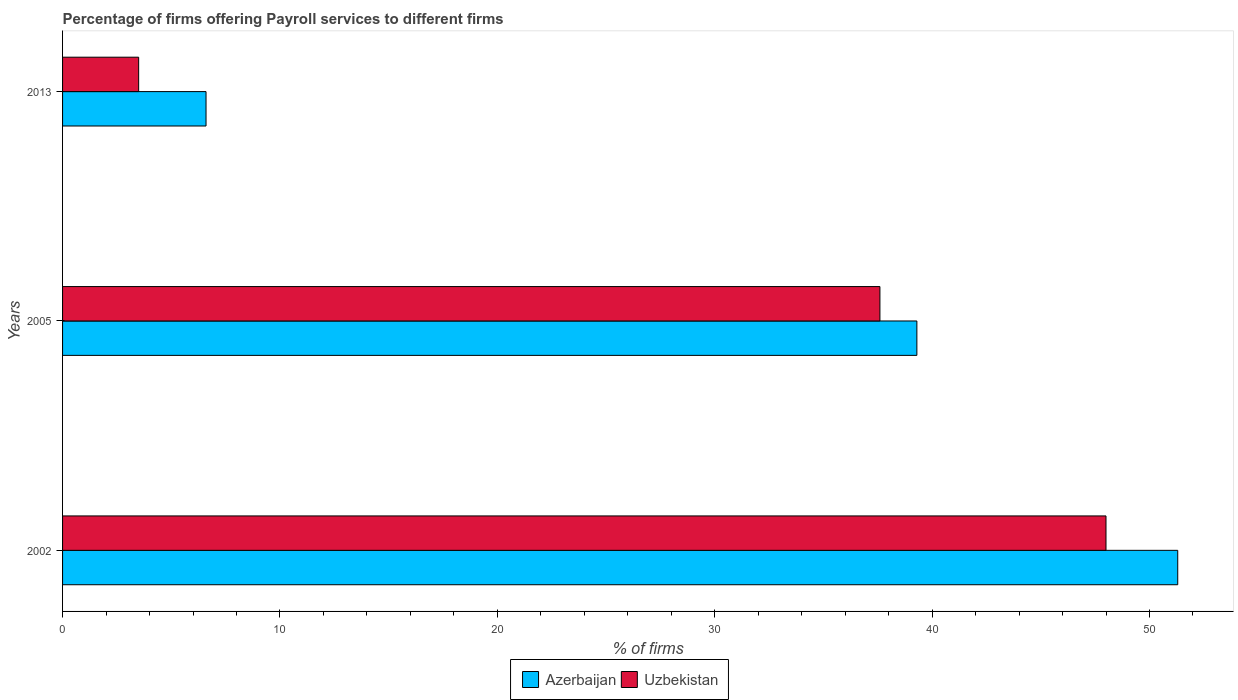
| Years | Azerbaijan | Uzbekistan |
 | --- | --- | --- |
 | 2002 | 51.3 | 48 |
 | 2005 | 39.3 | 37.6 |
 | 2013 | 6.6 | 3.5 |